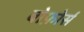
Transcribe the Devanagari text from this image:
बोफ़ोर्स